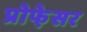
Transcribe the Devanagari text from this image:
प्रोफे़सर